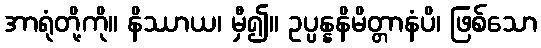
အာရုံတို့ကို။ နိဿာယ၊ မှီ၍။ ဥပ္ပန္နနိမိတ္တာနံပိ၊ ဖြစ်သော